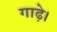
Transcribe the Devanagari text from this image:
गाढ़े।